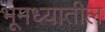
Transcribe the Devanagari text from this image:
भूमध्यातील